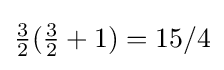
{\tfrac {3}{2}}({\tfrac {3}{2}}+1)=15/4